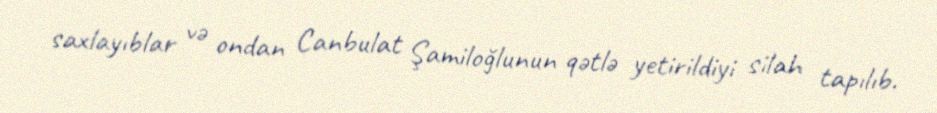
saxlayıblar və ondan Canbulat Şamiloğlunun qətlə yetirildiyi silah tapılıb.